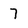
Character: 7